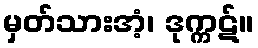
မှတ်သားအံ့၊ ဒုက္ကဋ်။